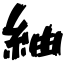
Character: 紬